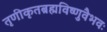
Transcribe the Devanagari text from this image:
तृणीकृतब्रह्मविष्णुवैभवः